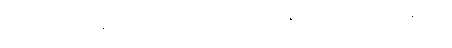
(၄) ပုဗ္ဗေနိဝါသ-ရှေးရှေးဘဝများစွာ၌ ဖြစ်ခဲ့ဖူးသော ခန္ဓာအစဉ်ကို အောက်မေ့နိုင်ခြင်း။